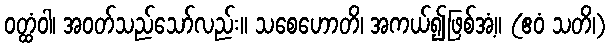
ဝတ္ထံဝါ၊ အဝတ်သည်သော်လည်း။ သစေဟောတိ၊ အကယ်၍ဖြစ်အံ့။ (ဧဝံ သတိ၊)